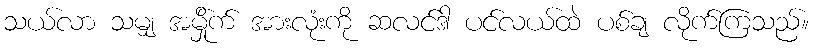
သယ်လာ သမျှ အမ်ှိုက် အားလုံးကို ဆလင်ဒါ ပင်လယ်ထဲ ပစ်ချ လိုက်ကြသည်။